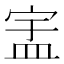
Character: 𬐞